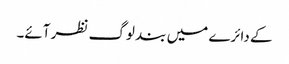
کے دائرے میں بند لوگ نظر آئے۔